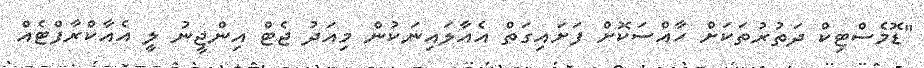
"ޑޮމެސްޓިކް ދަތުރުތަކަށް ހާއްސަކޮށް ފަށައިގަތް އެއާލައިނަކުން މިއަދު ޖެޓް އިންޖީނު ލީ އެއާކްރާފްޓެއް